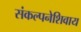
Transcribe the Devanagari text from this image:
संकल्पनेशिवाय